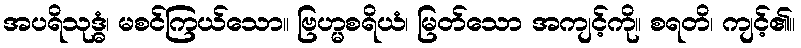
အပရိသုဒ္ဓံ၊ မစင်ကြယ်သော။ ဗြဟ္မစရိယံ၊ မြတ်သော အကျင့်ကို။ စရတိ၊ ကျင့်၏။